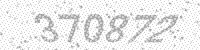
Solution: 370872